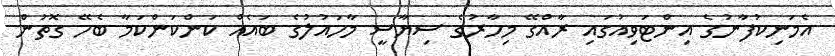
އެމަނިކުފާނުގެ އިންޓަވިއުގައި ރާއްގޭ މިހާރުގެ ސިޔާސީ މާހައުލުގެ ބައެއް ކަންކަންކަމާ ބެހޭ ގޮތުން